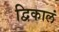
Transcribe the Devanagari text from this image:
द्विकालं